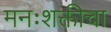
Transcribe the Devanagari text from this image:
मनःशक्तीचा